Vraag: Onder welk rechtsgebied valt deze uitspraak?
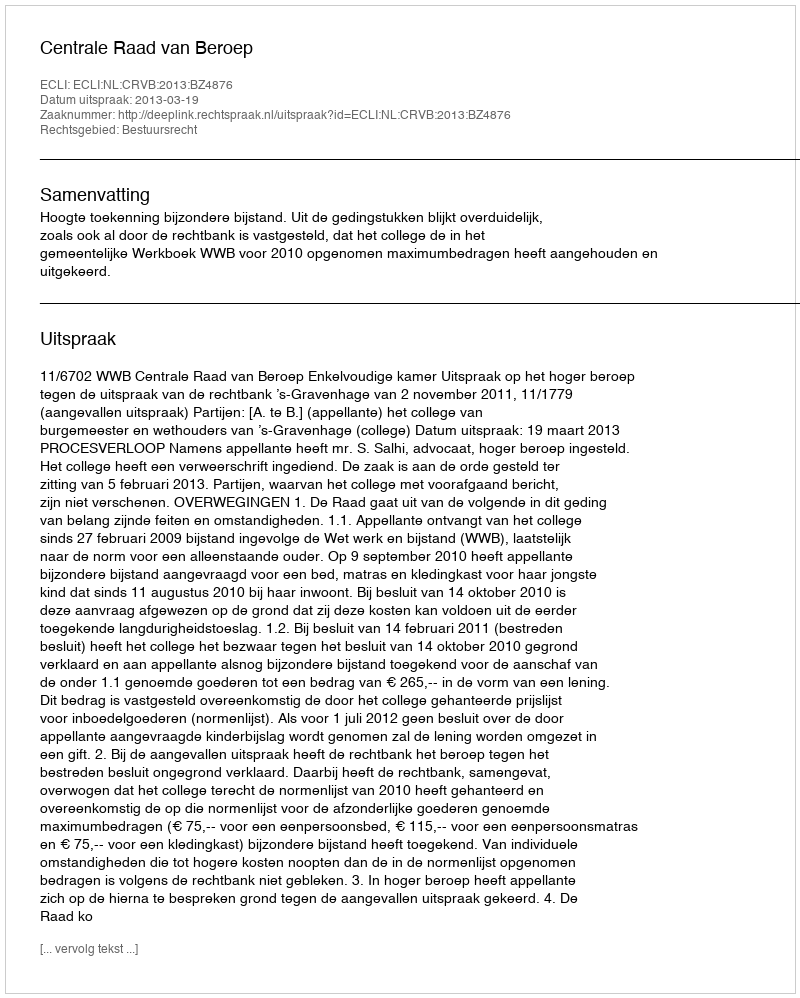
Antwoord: Bestuursrecht